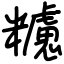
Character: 𥽜